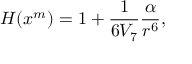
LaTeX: H ( x ^ { m } ) = 1 + \frac { 1 } { 6 V _ { 7 } } \frac { \alpha } { r ^ { 6 } } ,